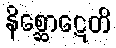
နိစ္ဆောဋေတိ